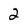
Character: 2